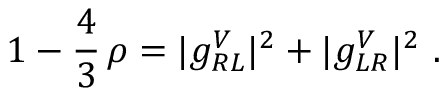
1 - \frac { 4 } { 3 } \, \rho = | g _ { R L } ^ { V } | ^ { 2 } + | g _ { L R } ^ { V } | ^ { 2 } ~ .